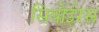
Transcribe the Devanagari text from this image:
सियोईरस